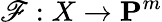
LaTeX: \mathscr{F}:X\to\mathbf{{P}}^{m}